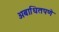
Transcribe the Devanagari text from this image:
अबाधितपणे